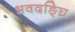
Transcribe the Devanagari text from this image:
भवदङ्घ्रि